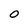
Character: O